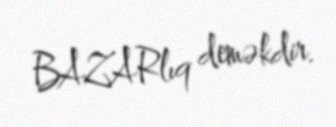
BAZARlıq deməkdir.